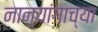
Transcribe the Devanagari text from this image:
नान्यांगाच्या